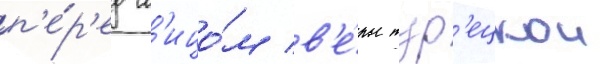
п'е́р'ед л'ицо́м в'е́ры тур'ецкои